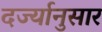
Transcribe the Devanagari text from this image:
दर्ज्यानुसार